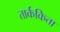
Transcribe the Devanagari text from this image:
तार्ककिता